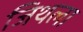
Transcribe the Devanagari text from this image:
जिथला